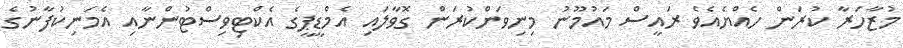
މުޒާހަރާ ކުރަން ހެއްޔެއެވެ ރައީސް މައުމޫނު މިނިވަންކުރަން ގޮވާލައި އެމްޑީޕީގެ އެކްޓިވިސްޓުންނާއި އެމަނިކުފާނުގެ